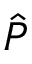
\ensuremath { \hat { P } }